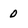
Character: 0